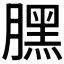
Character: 𣎚